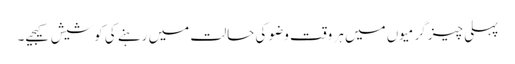
پہلی چیز گرمیوں میں ہر وقت وضو کی حالت میں رہنے کی کوشیش کیجیے۔